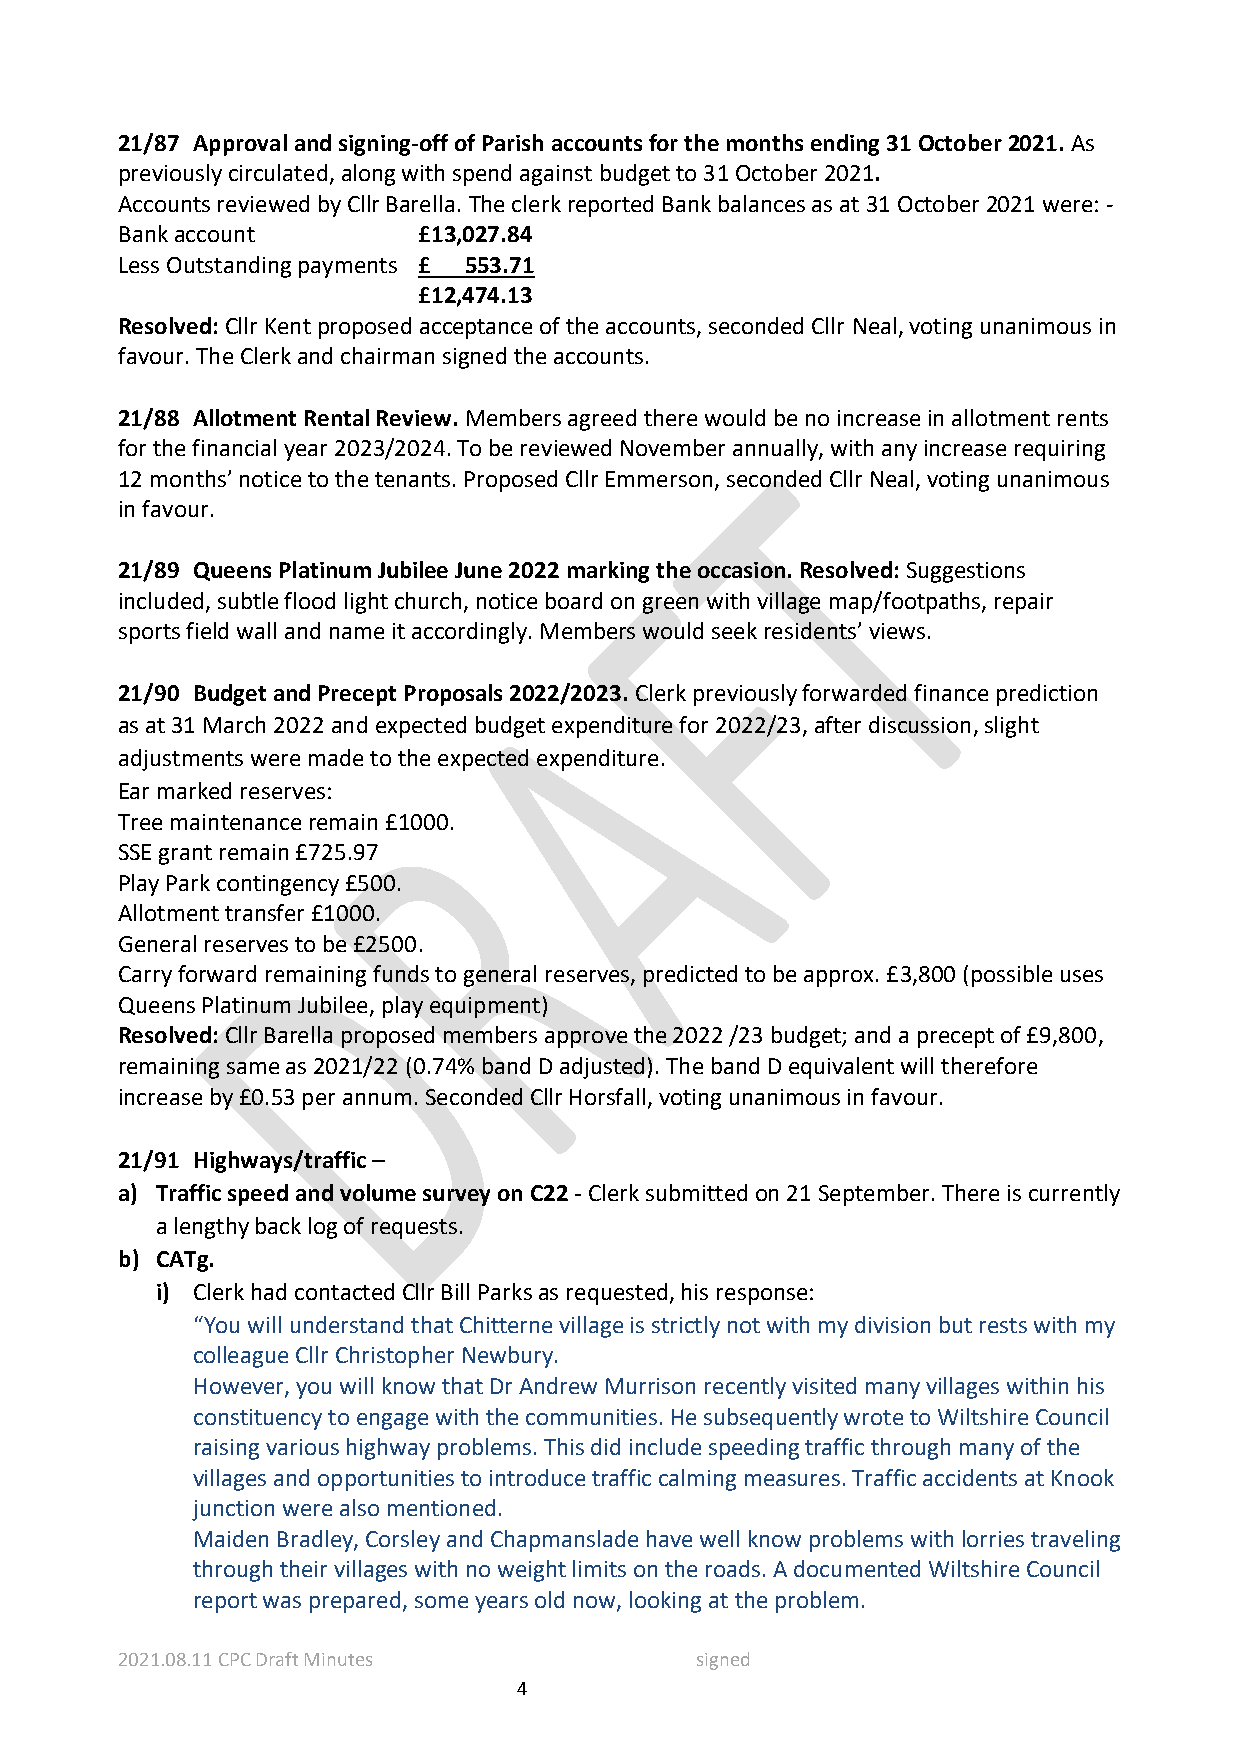
21/87 Approval and signing-off of Parish accounts for the months ending 31 October 2021. As
 previously circulated, along with spend against budget to 31 October 2021.
 Accounts reviewed by Cllr Barella. The clerk reported Bank balances as at 31 October 2021 were: -
 Bank account        £13,027.84
 Less Outstanding payments £ 553.71
 £12,474.13
 Resolved: Cllr Kent proposed acceptance of the accounts, seconded Cllr Neal, voting unanimous in
 favour. The Clerk and chairman signed the accounts.
 21/88 Allotment Rental Review. Members agreed there would be no increase in allotment rents
 for the financial year 2023/2024. To be reviewed November annually, with any increase requiring
 12 months’ notice to the tenants. Proposed Cllr Emmerson, seconded Cllr Neal, voting unanimous
 in favour.
 21/89 Queens Platinum Jubilee June 2022 marking the occasion. Resolved: Suggestions
 included, subtle flood light church, notice board on green with village map/footpaths, repair
 sports field wall and name it accordingly. Members would seek residents’ views.
 21/90 Budget and Precept Proposals 2022/2023. Clerk previously forwarded finance prediction
 as at 31 March 2022 and expected budget expenditure for 2022/23, after discussion, slight
 adjustments were made to the expected expenditure.
 Ear marked reserves:
 Tree maintenance remain £1000.
 SSE grant remain £725.97
 Play Park contingency £500.
 Allotment transfer £1000.
 General reserves to be £2500.
 Carry forward remaining funds to general reserves, predicted to be approx. £3,800 (possible uses
 Queens Platinum Jubilee, play equipment)
 Resolved: Cllr Barella proposed members approve the 2022 /23 budget; and a precept of £9,800,
 remaining same as 2021/22 (0.74% band D adjusted). The band D equivalent will therefore
 increase by £0.53 per annum. Seconded Cllr Horsfall, voting unanimous in favour.
 21/91 Highways/traffic –
 a) Traffic speed and volume survey on C22 - Clerk submitted on 21 September. There is currently
 a lengthy back log of requests.
 b) CATg.
 i) Clerk had contacted Cllr Bill Parks as requested, his response:
 “You will understand that Chitterne village is strictly not with my division but rests with my
 colleague Cllr Christopher Newbury.
 However, you will know that Dr Andrew Murrison recently visited many villages within his
 constituency to engage with the communities. He subsequently wrote to Wiltshire Council
 raising various highway problems. This did include speeding traffic through many of the
 villages and opportunities to introduce traffic calming measures. Traffic accidents at Knook
 junction were also mentioned.
 Maiden Bradley, Corsley and Chapmanslade have well know problems with lorries traveling
 through their villages with no weight limits on the roads. A documented Wiltshire Council
 report was prepared, some years old now, looking at the problem.
 2021.08.11 CPC Draft Minutes          signed
 4